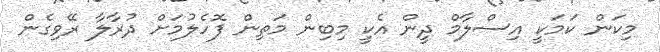
މިކަން ކަމަކީ އިސްލާމް ދީން އެކީ މިބިން މަތިން ފޮހެލުމަށް ދުރާލާ ރޭވިގެން